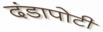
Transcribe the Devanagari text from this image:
दंडापोटी